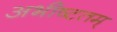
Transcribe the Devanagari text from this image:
अभीष्टतम्